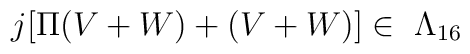
j[\Pi (V+W) +(V+W)]  \in \ \Lambda _{16}